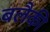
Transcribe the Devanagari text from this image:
बलैकी